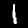
Label: 1